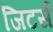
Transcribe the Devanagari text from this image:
जिटर्स